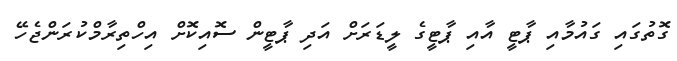
ގޮތުގައި ގައުމާއި ޕާޓީ އާއި ޕާޓީގެ ލީޑަރަށް އަދި ޕާޓީން ސޮއިކޮށް އިހްތިރާމްކުރަންޖެހޭ